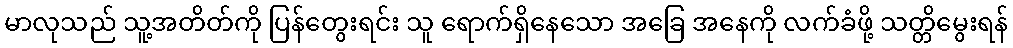
မာလုသည် သူ့အတိတ်ကို ပြန်တွေးရင်း သူ ရောက်ရှိနေသော အခြေ အနေကို လက်ခံဖို့ သတ္တိမွေးရန်